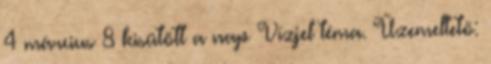
4 március 8 kisütött a nap Vízjel téma. Üzemeltető: